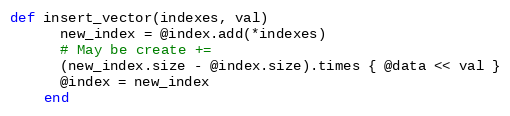
Language: Ruby
def insert_vector(indexes, val)
      new_index = @index.add(*indexes)
      # May be create +=
      (new_index.size - @index.size).times { @data << val }
      @index = new_index
    end